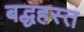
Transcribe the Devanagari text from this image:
बद्धहस्त